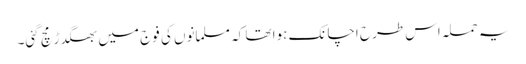
یہ حملہ اس طرح اچانک ہوا تھا کہ مسلمانوں کی فوج میں بھگدڑ مچ گئی۔